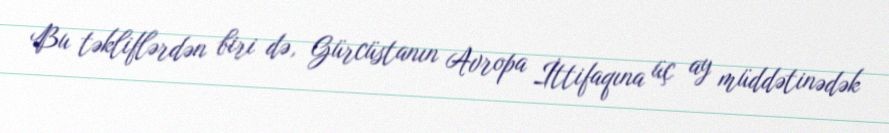
Bu təkliflərdən biri də, Gürcüstanın Avropa İttifaqına üç ay müddətinədək